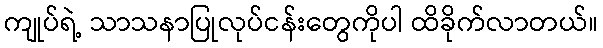
ကျုပ်ရဲ့ သာသနာပြုလုပ်ငန်းတွေကိုပါ ထိခိုက်လာတယ်။